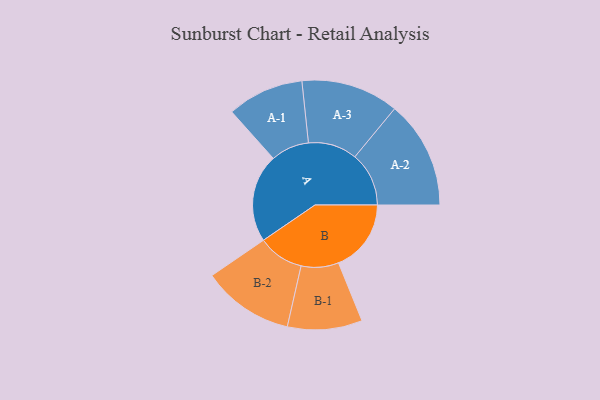
{"axis": {"x": "Segment", "y": "Value"}, "legend": ["", "A", "B"], "data": [{"x": "A", "y": 293, "type": ""}, {"x": "B", "y": 241, "type": ""}, {"x": "A-1", "y": 127, "type": "A"}, {"x": "A-2", "y": 179, "type": "A"}, {"x": "A-3", "y": 162, "type": "A"}, {"x": "B-1", "y": 124, "type": "B"}, {"x": "B-2", "y": 152, "type": "B"}]}